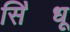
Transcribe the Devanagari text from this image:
सि॓धू